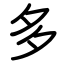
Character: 多